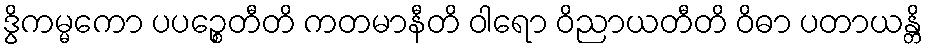
ဒွိကမ္မကော ပပဉ္စေတီတိ ကတမာနီတိ ဝါရော ဝိညာယတီတိ ဝိဓာ ပတာယန္တိ